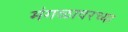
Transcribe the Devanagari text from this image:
मंगळावरच्या